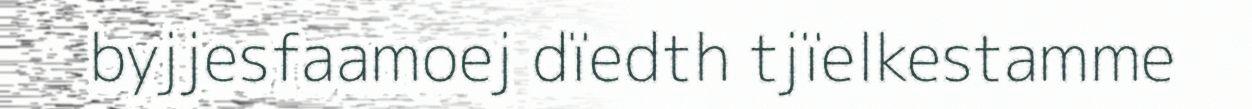
byjjesfaamoej dïedth tjïelkestamme